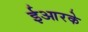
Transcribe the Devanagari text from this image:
ईआरके